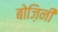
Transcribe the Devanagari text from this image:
बोज़िनी